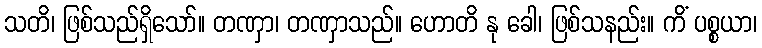
သတိ၊ ဖြစ်သည်ရှိသော်။ တဏှာ၊ တဏှာသည်။ ဟောတိ နု ခေါ၊ ဖြစ်သနည်း။ ကိံ ပစ္စယာ၊